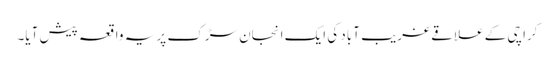
کراچی کے علاقے غریب آباد کی ایک انجان سڑک پر یہ واقعہ پیش آیا۔